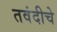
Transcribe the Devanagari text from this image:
तवंदीचे